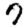
Digit: 7